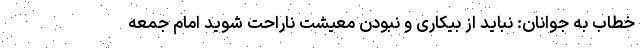
خطاب به جوانان: نباید از بیکاری و نبودن معیشت ناراحت شوید امام جمعه